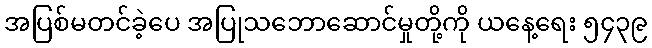
အပြစ်မတင်ခဲ့ပေ အပြုသဘောဆောင်မှုတို့ကို ယနေ့ရေး ၅၄၃၉